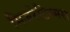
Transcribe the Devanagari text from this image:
मिजरेटिस्मस